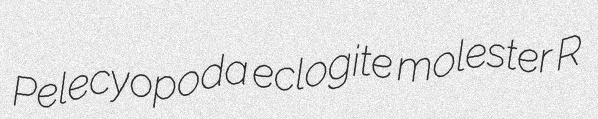
Pelecyopoda eclogite molester R